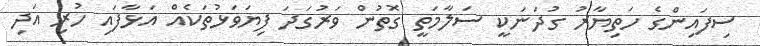
ސިފައިންގެ ހަތިޔާރު ގުދަނަކީ ސަލާމަތީ ގޮތުން ވަރުގަދަ ފިޔަވަޅުތަކެއް އަޅާފައި ހުރި އަދި